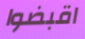
اقبضوا